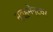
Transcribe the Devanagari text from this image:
मूव्हमेन्टवर